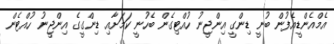
އެމްއެންޑީއެފުން ބުނީ ޑިންގީ އިންޖީނު ހުއްޓިގެން ބެހުނީ ކަމަަށާއި ޑިންގީގެ އިންޖީނު ހުއްޓެން